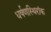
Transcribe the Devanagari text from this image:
धर्षणस्थिरांक